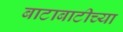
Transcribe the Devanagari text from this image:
बाटाबाटीच्या